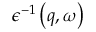
\epsilon ^ { - 1 } \left( q , \omega \right)